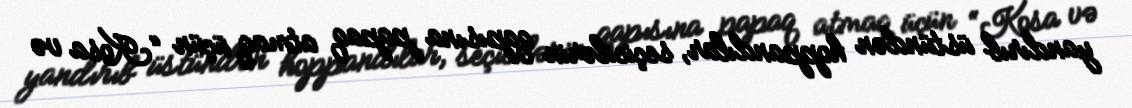
yandırıb üstündən hoppandılar, seçicilərin qapısına papaq atmaq üçün “Kosa və